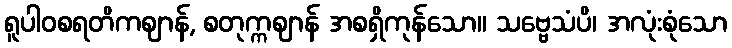
ရူပါဝစရတိကဈာန်, စတုက္ကဈာန် အစရှိကုန်သော။ သဗ္ဗေသံပိ၊ အလုံးစုံသော